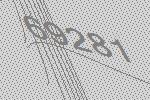
69281